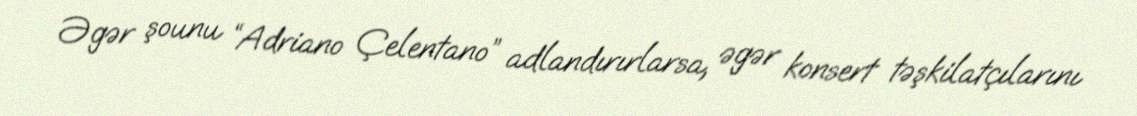
Əgər şounu “Adriano Çelentano” adlandırırlarsa, əgər konsert təşkilatçılarını